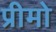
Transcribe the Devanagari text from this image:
प्रीमो